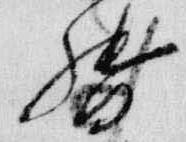
督